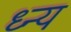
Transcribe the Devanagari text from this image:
ध्न्य